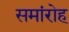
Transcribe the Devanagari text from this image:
समांरोह